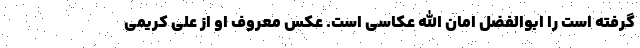
گرفته است را ابوالفضل امان الله عکاسی است. عکس معروف او از علی کریمی